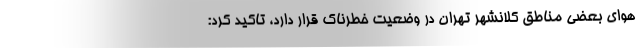
هوای بعضی مناطق کلانشهر تهران در وضعیت خطرناک قرار دارد، تاکید کرد: